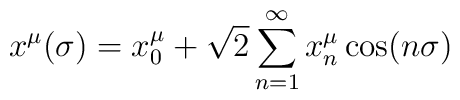
x^{\mu}(\sigma)=x^{\mu}_{0}+\sqrt{2}\sum^{\infty}_{n=1}x^{\mu}_{n}\cos(n\sigma)